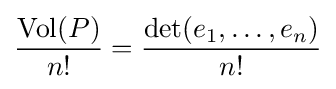
{\frac {\operatorname {Vol} (P)}{n!}}={\frac {\det(e_{1},\ldots ,e_{n})}{n!}}